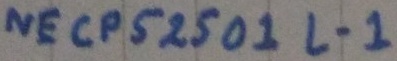
Text: NECPS250 1L